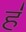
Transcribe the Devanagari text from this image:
ह॑